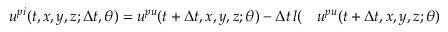
\begin{array} { r l } { u ^ { p i } ( t , x , y , z ; \Delta t , \theta ) = u ^ { p u } ( t + \Delta t , x , y , z ; \theta ) - \Delta t \, l ( } & { { } u ^ { p u } ( t + \Delta t , x , y , z ; \theta ) } \end{array}